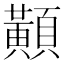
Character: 𪏔